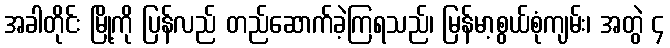
အခါတိုင်း မြို့ကို ပြန်လည် တည်ဆောက်ခဲ့ကြရသည်၊ မြန်မာ့စွယ်စုံကျမ်း၊ အတွဲ ၄